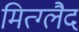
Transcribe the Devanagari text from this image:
मित्ग्लैद